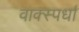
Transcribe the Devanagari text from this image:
वाक्स्पर्धा